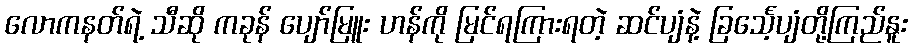
လောကနတ်ရဲ့ သီဆို ကခုန် ပျော်မြူး ဟန်ကို မြင်ရကြားရတဲ့ ဆင်ပျံနဲ့ ခြင်္သေ့ပျံတို့ကြည်နူး